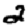
Digit: 2